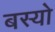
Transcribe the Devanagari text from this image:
बस्‍यो